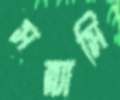
সন্ন্যাসি